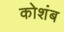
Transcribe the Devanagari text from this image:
कोशंब